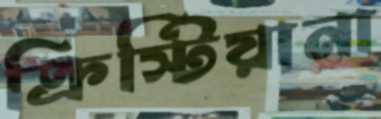
ক্রিস্টিয়ানা